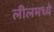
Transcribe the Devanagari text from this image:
लीलमध्ये